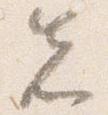
先